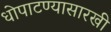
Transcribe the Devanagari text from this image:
धोपाटण्यासारखी